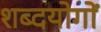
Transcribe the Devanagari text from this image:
शब्दयोगों